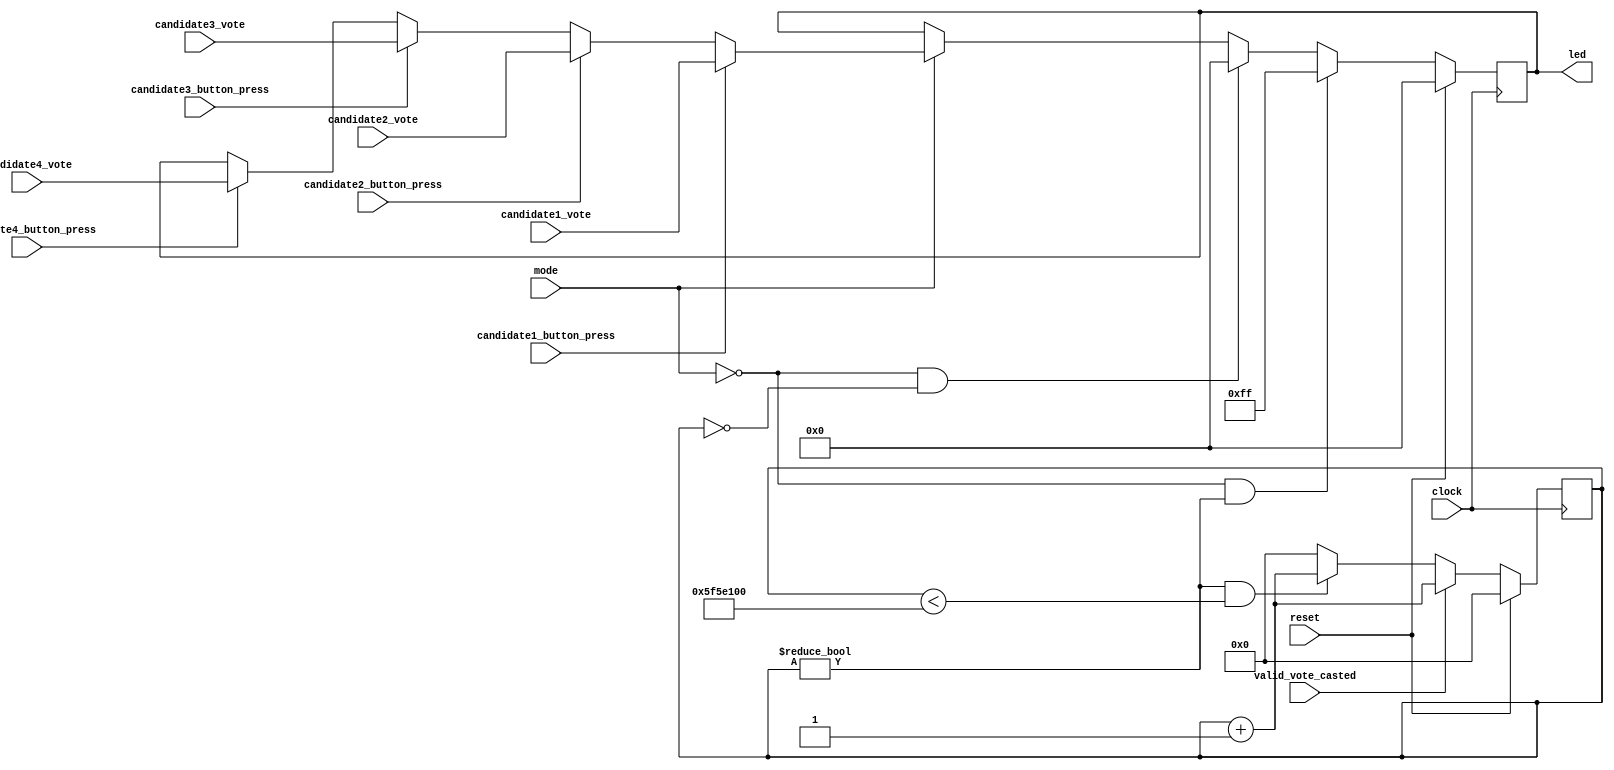
module modeControl(
input clock,
input reset,
input mode,
input valid_vote_casted,
input [7:0] candidate1_vote,
input [7:0] candidate2_vote,
input [7:0] candidate3_vote,
input [7:0] candidate4_vote,
input candidate1_button_press,
input candidate2_button_press,
input candidate3_button_press,
input candidate4_button_press,
output reg [7:0] led
);
reg [30:0] counter;

always @(posedge clock)
begin
      if(reset)
         counter <= 0;
      else if(valid_vote_casted)
          counter <= counter+1;
      else if(counter !=0 & counter < 100000000)
            counter <= counter + 1;
       else
            counter <=0;
end
always @(posedge clock)
begin
    if(reset)
          led <= 0;
     else
     begin
         if(mode==0 & counter!=0) //mode 0 -> voting mode, mode 1 -> result mode
                 led <= 8'hff;
          else if(mode==0 & counter == 0)
                  led <= 8'h00;
          else if(mode==1)
          begin
             if(candidate1_button_press)
                   led <= candidate1_vote;
             else if(candidate2_button_press)
                   led <= candidate2_vote;
             else if(candidate3_button_press)
                   led <= candidate3_vote;
             else if(candidate4_button_press)
                   led <= candidate4_vote;
          end
end
end
endmodule